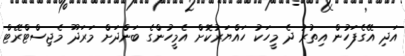
އަދި އޭގެފަހުން އިތުރު ދެ މީހަކު ހައްޔަރުކޮށް އެމީހުންގެ ބަންދަށް މަރަދޫ މެޖިސްޓްރޭޓް